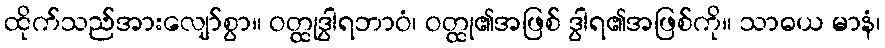
ထိုက်သည်အားလျော်စွာ။ ဝတ္ထုဒွါရဘာဝံ၊ ဝတ္ထု၏အဖြစ် ဒွါရ၏အဖြစ်ကို။ သာဓယ မာနံ၊